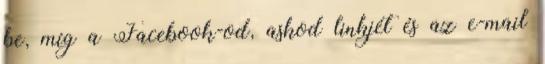
be, míg a Facebook-od, askod linkjét és az e-mail